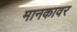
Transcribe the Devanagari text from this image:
मानकावर